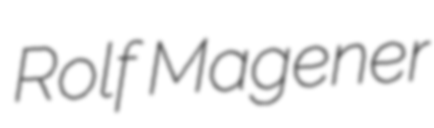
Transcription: Rolf Magener